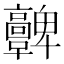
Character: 𩫫